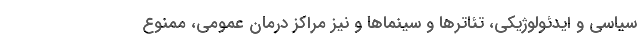
سیاسی و ایدئولوژیکی، تئاترها و سینماها و نیز مراکز درمان عمومی، ممنوع